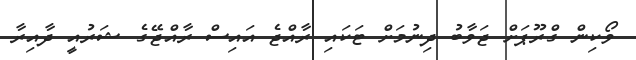
ވޯކިން ގްރޫޕަށް ޖަވާބު ދިނުމަށް ޓަކައި ރާއްޖެ އައިސް ރާއްޖޭގެ ޝަރުއީ ދާއިރާ